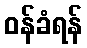
ဝန်ခံရန်